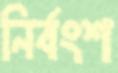
নির্বংশ